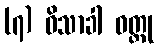
(၇) ဝိသာခါ ဝတ္ထု